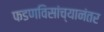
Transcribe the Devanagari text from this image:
फडणविसांच्यानंतर